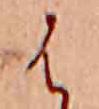
は